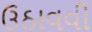
ઉઠાવવી